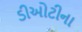
ડીઓટીના